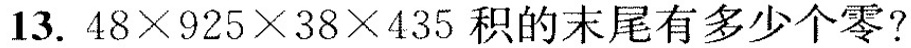
13.$$4 8 \times 9 2 5 \times 3 8 \times 4 3 5$$积的末尾有多少个零?